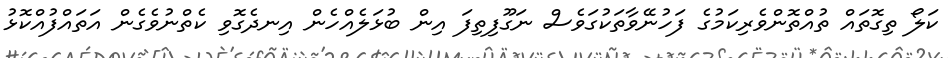
ކަލޯ ތިގޮތައް ތުއްތޮންވެރިކަމުގެ ފަހުނޭވާތަކުގަވެސް ނަގޫފިތިފަ އިން ބުޅަލެއްހެން އިނދެގޮވި ކެތްނުވެގެން އަތައްފުއްކޮޅު